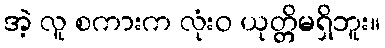
အဲ့ လူ စကားက လုံးဝ ယုတ္တိမရှိဘူး။